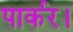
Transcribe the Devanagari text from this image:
पार्कर।